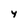
Character: 4